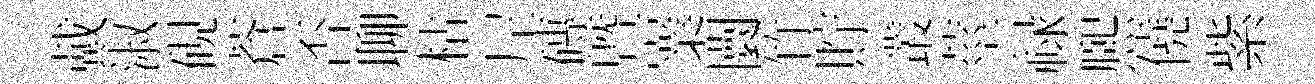
戴淑硯蒼否聊枯𡰱磚暨嶪闤竹貯叢莖禄熈僥紫